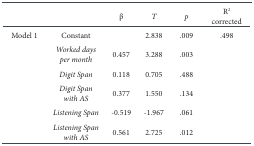
<table><thead><tr><td></td><td></td><td><b>β</b></td><td><b><i>T</i></b></td><td><b><i>p</i></b></td><td><b>R<sup>2</sup> corrected</b></td></tr></thead><tbody><tr><td>Model 1</td><td>Constant</td><td></td><td>2,838</td><td>.009</td><td>.498</td></tr><tr><td></td><td><i>Worked days per month</i></td><td>0,457</td><td>3,288</td><td>.003</td><td></td></tr><tr><td></td><td><i>Digit Span</i></td><td>0,118</td><td>0,705</td><td>.488</td><td></td></tr><tr><td></td><td><i>Digit Span with AS</i></td><td>0,377</td><td>1,550</td><td>.134</td><td></td></tr><tr><td></td><td><i>Listening Span</i></td><td>-0,519</td><td>-1,967</td><td>.061</td><td></td></tr><tr><td></td><td><i>Listening Span with AS</i></td><td>0,561</td><td>2,725</td><td>.012</td><td></td></tr></tbody></table>